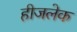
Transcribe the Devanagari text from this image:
हीजलेक